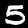
Digit: 5